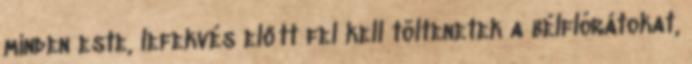
minden este, lefekvés előtt fel kell töltenetek a bélflórátokat,